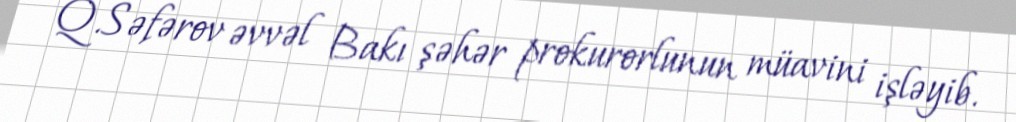
Q.Səfərov əvvəl Bakı şəhər prokurorlunun müavini işləyib.